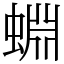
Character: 蜵